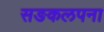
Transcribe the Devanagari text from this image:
सङकलपना